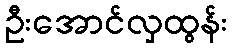
ဦးအောင်လှထွန်း